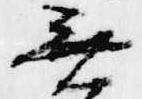
無